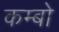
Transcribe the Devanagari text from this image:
कम्बो